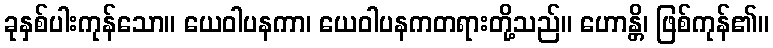
ခုနှစ်ပါးကုန်သော။ ယေဝါပနကာ၊ ယေဝါပနကတရားတို့သည်။ ဟောန္တိ၊ ဖြစ်ကုန်၏။